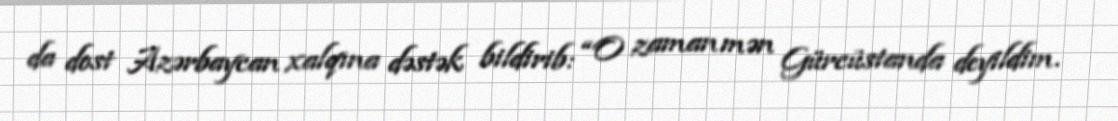
da dost Azərbaycan xalqına dəstək bildirib: “O zaman mən Gürcüstanda deyildim.